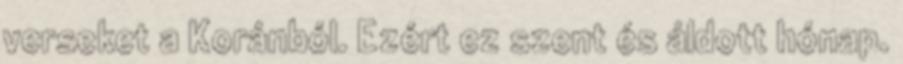
verseket a Koránból. Ezért ez szent és áldott hónap.